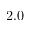
2 . 0